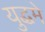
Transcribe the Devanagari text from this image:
युद्धमे